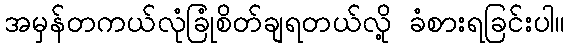
အမှန်တကယ်လုံခြုံစိတ်ချရတယ်လို့ ခံစားရခြင်းပါ။